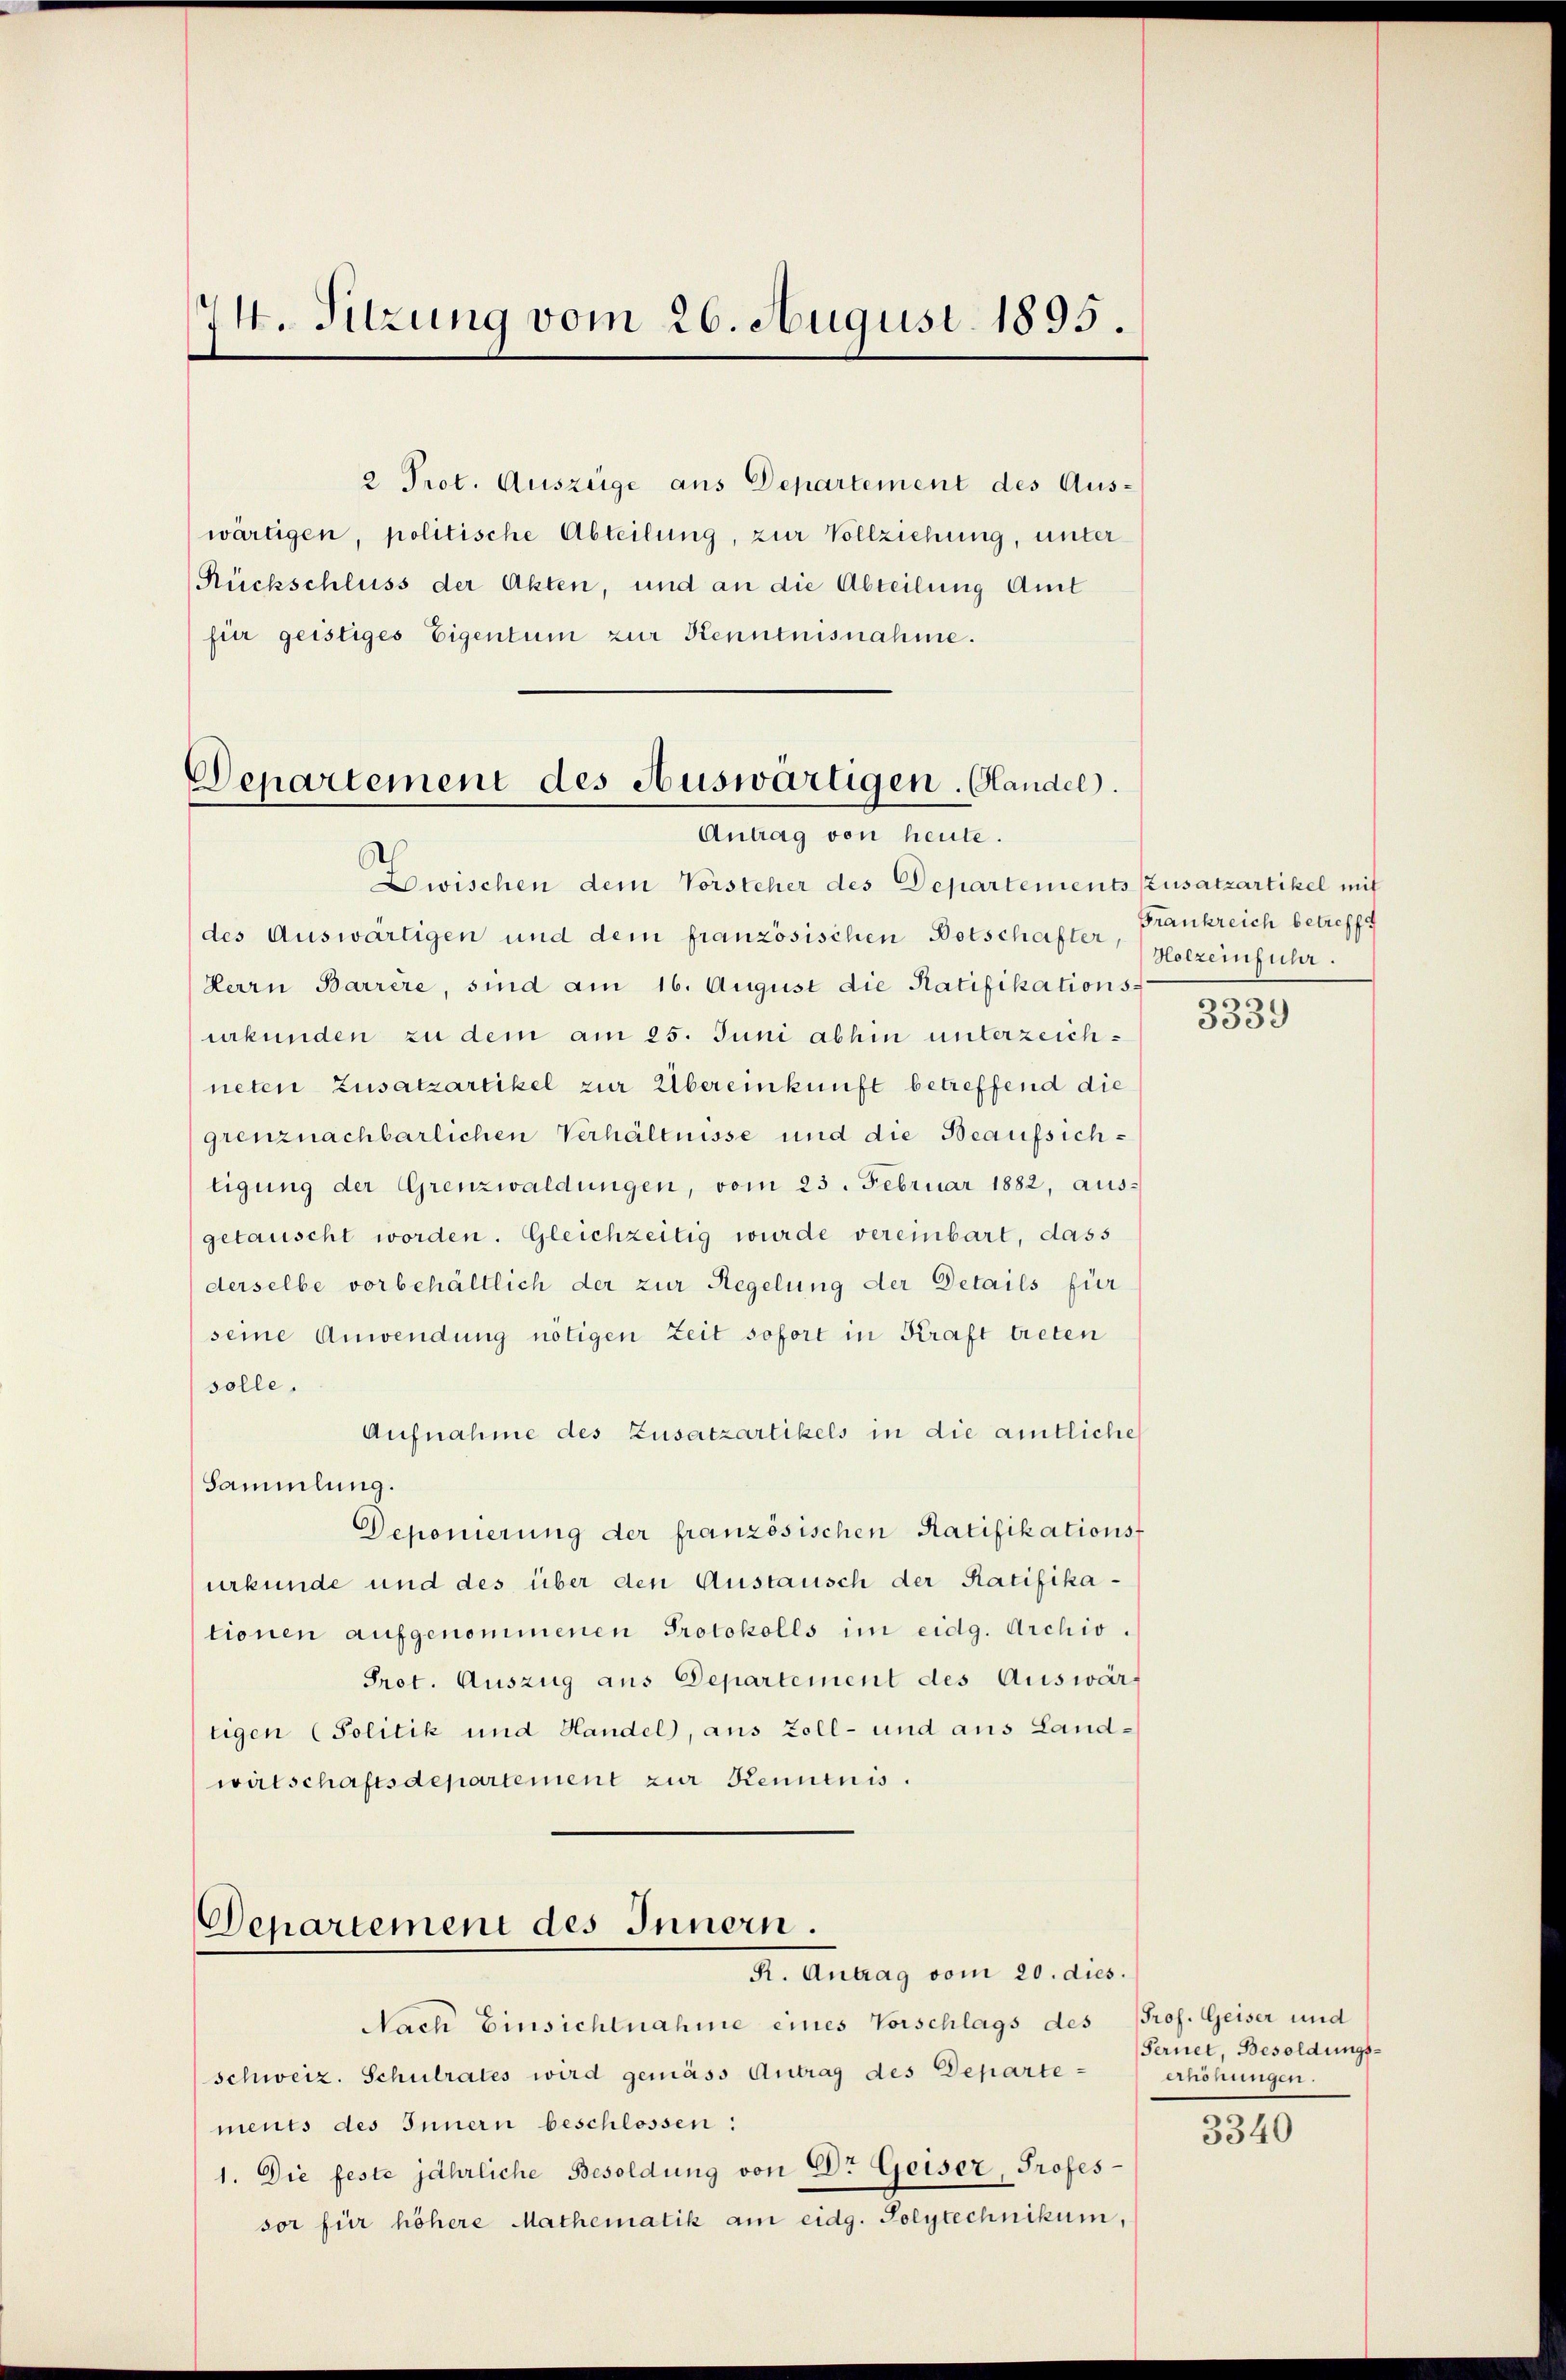
14. Sitzung vom 26. August 1895.

Rückschluss der Akten, und an die Abteilung Amt
für geistiges Eigentum zur Kenntnisnahme.

Departement des Auswärtigen. Glandel.
Antrag von heute.

Departement des Innern.
R. Antrag vom 20. dies.

2 Prot. Auszüge aus Departement des Aus-
wärtigen, politische Abteilung, zur Vollziehung, unter

Zwischen dem Vorsteher des Departements Zusatzartikel mit
des Auswärtigen und dem französischen Botschafter
Herrn Barrère, sind am 16. August die Ratifikations
urkunden zu dem am 25. Juni abhin unterzeichneten Zusatzartikel zur Übereinkunft betreffend die
grenznachbarlichen Verhältnisse und die Beaufsichtigung der Grenzwaldungen, vom 23. Februar 1882, ausgetauscht worden. Gleichzeitig wurde vereinbart, dass
derselbe vorbehältlich der zur Regelung der Details für
seine Anwendung nötigen Zeit sofort in Kraft treten
solle.
Aufnahme des Zusatzartikels in die amtliche
Sammlung.
Deponierung der französischen Ratifikationsf
urkunde und des über den Austausch der Ratifikationen aufgenommenen Protokolls im eidg. Archiv.
Prot. Auszug aus Departement des Auswärtigen (Politik und Handel, aus Zoll- und aus Landwirtschaftsdepartement zur Kenntnis.

Nach Einsichtnahme eines Vorschlags des Prof. Geiser und
schweiz. Schulrates wird gemäss Antrag des Departements des Innern beschlossen:
1. Die feste jährliche Besoldung von Dr Geiser, Professor für höhere Mathematik am eidg. Polytechnikum,

Frankreich betreffe
Holzeinfuhr.

n
3009

Fernet, Besoldungs-
endnungen.

3340